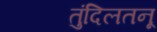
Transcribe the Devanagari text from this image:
तुंदिलतनू